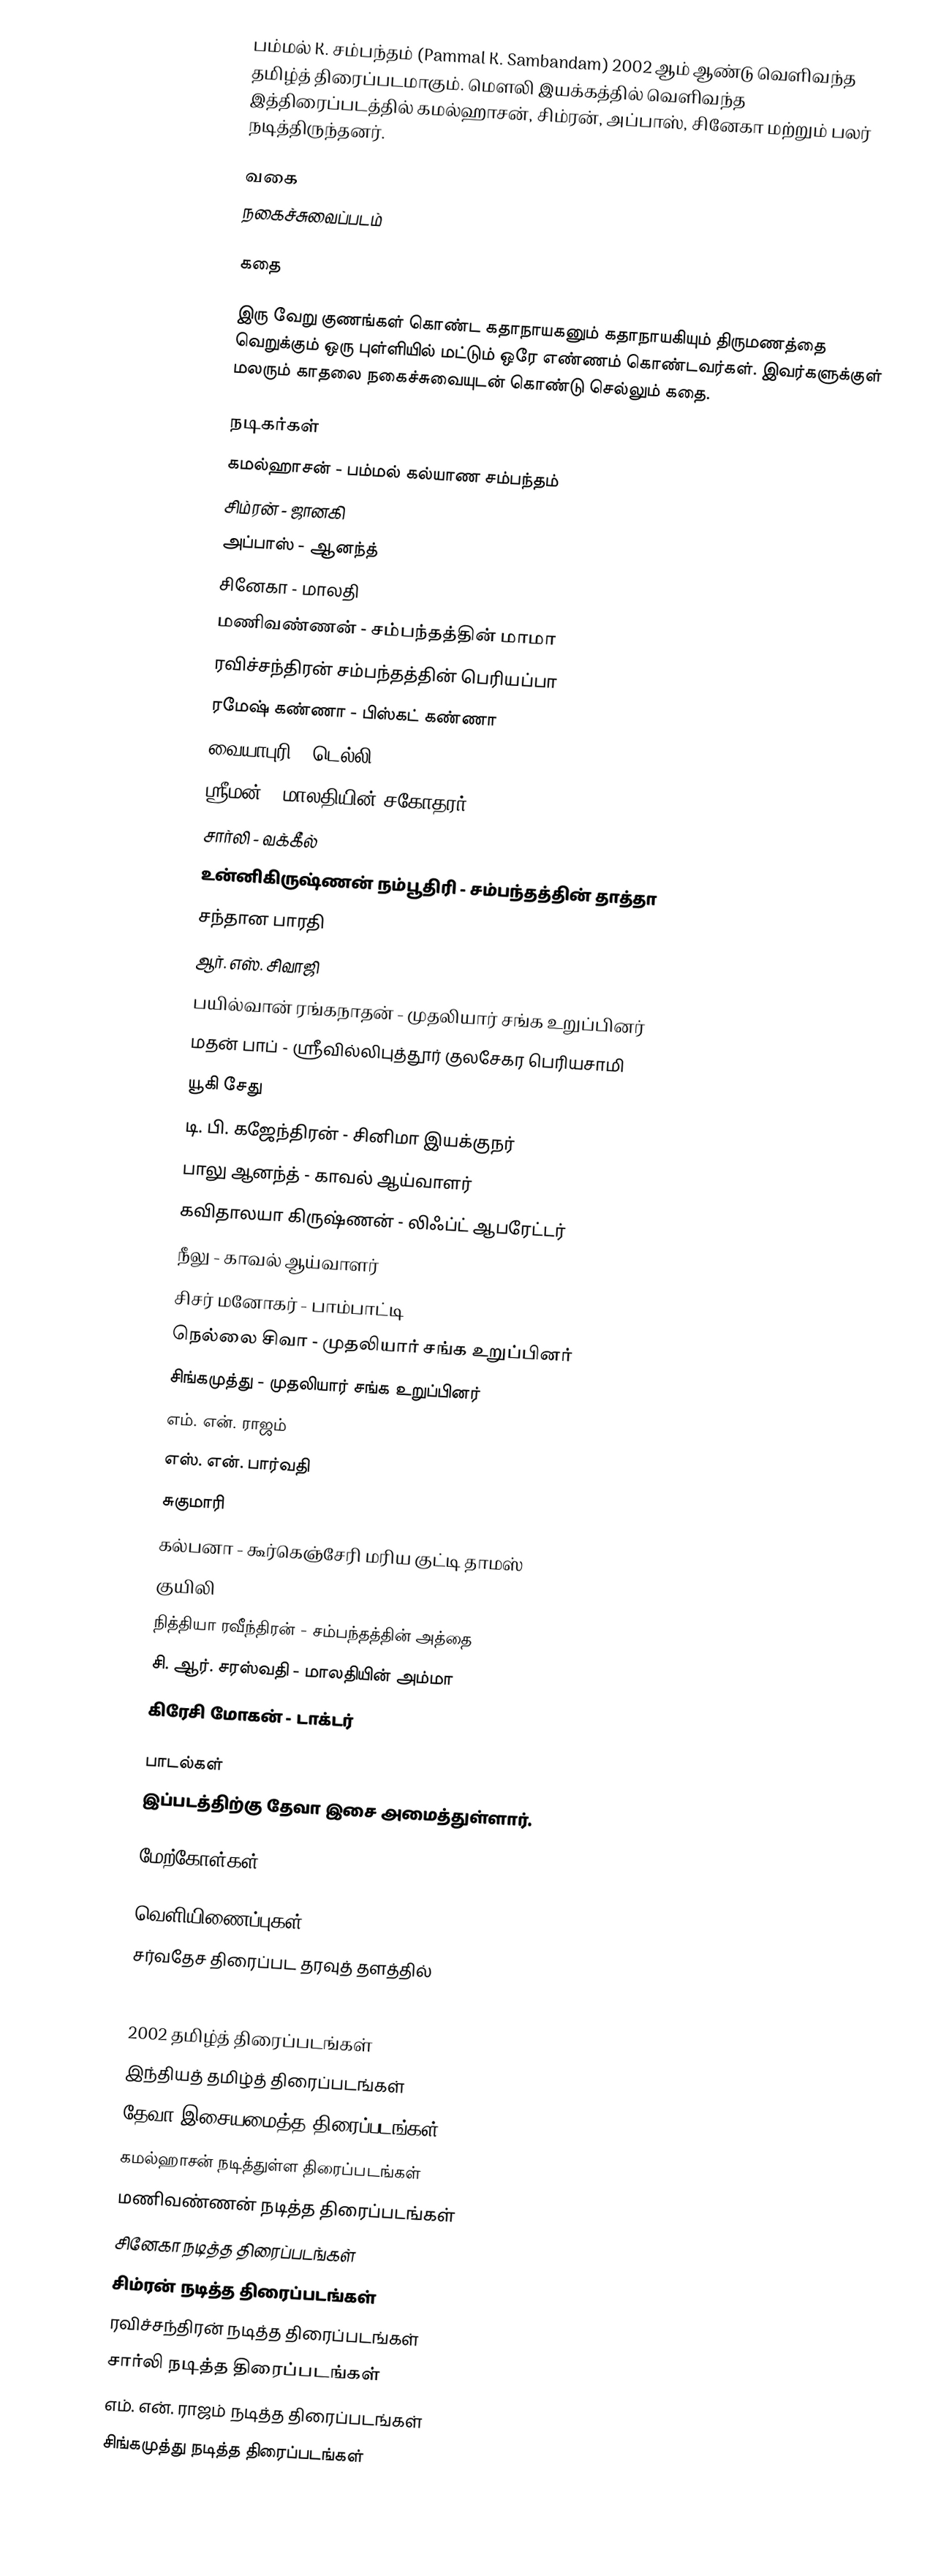
பம்மல் K. சம்பந்தம் (Pammal K. Sambandam) 2002 ஆம் ஆண்டு வெளிவந்த தமிழ்த் திரைப்படமாகும். மௌலி இயக்கத்தில் வெளிவந்த இத்திரைப்படத்தில் கமல்ஹாசன், சிம்ரன், அப்பாஸ், சினேகா மற்றும் பலர் நடித்திருந்தனர்.

வகை
நகைச்சுவைப்படம்

கதை

இரு வேறு குணங்கள் கொண்ட கதாநாயகனும் கதாநாயகியும் திருமணத்தை வெறுக்கும் ஒரு புள்ளியில் மட்டும் ஒரே எண்ணம் கொண்டவர்கள். இவர்களுக்குள் மலரும் காதலை நகைச்சுவையுடன் கொண்டு செல்லும் கதை.

நடிகர்கள்
 கமல்ஹாசன் - பம்மல் கல்யாண சம்பந்தம்
 சிம்ரன் - ஜானகி
 அப்பாஸ் - ஆனந்த்
 சினேகா - மாலதி
 மணிவண்ணன் -  சம்பந்தத்தின் மாமா
 ரவிச்சந்திரன் சம்பந்தத்தின் பெரியப்பா
 ரமேஷ் கண்ணா - பிஸ்கட் கண்ணா
 வையாபுரி - டெல்லி
 ஸ்ரீமன் - மாலதியின் சகோதரர்
 சார்லி - வக்கீல்
 உன்னிகிருஷ்ணன் நம்பூதிரி - சம்பந்தத்தின் தாத்தா
 சந்தான பாரதி
 ஆர். எஸ். சிவாஜி
 பயில்வான் ரங்கநாதன் - முதலியார் சங்க உறுப்பினர்
 மதன் பாப் - ஸ்ரீவில்லிபுத்தூர் குலசேகர பெரியசாமி
 யூகி சேது
 டி. பி. கஜேந்திரன் - சினிமா இயக்குநர்
 பாலு ஆனந்த் - காவல் ஆய்வாளர்
 கவிதாலயா கிருஷ்ணன் - லிஃப்ட் ஆபரேட்டர்
 நீலு - காவல் ஆய்வாளர்
 சிசர் மனோகர் - பாம்பாட்டி
 நெல்லை சிவா - முதலியார் சங்க உறுப்பினர்
 சிங்கமுத்து - முதலியார் சங்க உறுப்பினர்
 எம். என். ராஜம்
 எஸ். என். பார்வதி
 சுகுமாரி
 கல்பனா - கூர்கெஞ்சேரி மரிய குட்டி தாமஸ்
 குயிலி
 நித்தியா ரவீந்திரன் - சம்பந்தத்தின் அத்தை
 சி. ஆர். சரஸ்வதி - மாலதியின் அம்மா
 கிரேசி மோகன் - டாக்டர்

பாடல்கள்
இப்படத்திற்கு தேவா இசை அமைத்துள்ளார்.

மேற்கோள்கள்

வெளியிணைப்புகள்
சர்வதேச திரைப்பட தரவுத் தளத்தில்
 http://www.cinesouth.com/cgi-bin/filmography/newfilmdb.cgi?name=pammal%20k.sammandam

2002 தமிழ்த் திரைப்படங்கள்
இந்தியத் தமிழ்த் திரைப்படங்கள்
தேவா இசையமைத்த திரைப்படங்கள்
கமல்ஹாசன் நடித்துள்ள திரைப்படங்கள்
மணிவண்ணன் நடித்த திரைப்படங்கள்
சினேகா நடித்த திரைப்படங்கள்
சிம்ரன் நடித்த திரைப்படங்கள்
ரவிச்சந்திரன் நடித்த திரைப்படங்கள்
சார்லி நடித்த திரைப்படங்கள்
எம். என். ராஜம் நடித்த திரைப்படங்கள்
சிங்கமுத்து நடித்த திரைப்படங்கள்